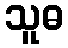
သူဓ